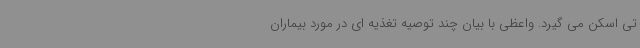
تی اسکن می گیرد. واعظی با بیان چند توصیه تغذیه ای در مورد بیماران